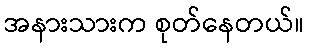
အနားသားက စုတ်နေတယ်။